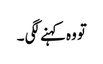
تو وہ کہنے لگی ۔